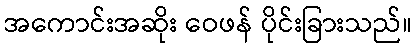
အကောင်းအဆိုး ဝေဖန် ပိုင်းခြားသည်။